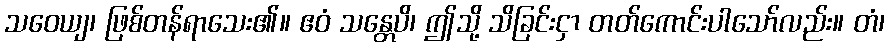
သဝေယျ၊ ဖြစ်တန်ရာသေး၏။ ဧဝံ သန္တေပိ၊ ဤသို့ သိခြင်းငှာ တတ်ကောင်းပါသော်လည်း။ တံ၊